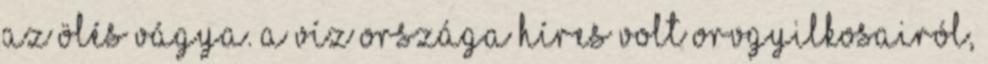
Az ölés vágya. A Víz országa híres volt orvgyilkosairól,